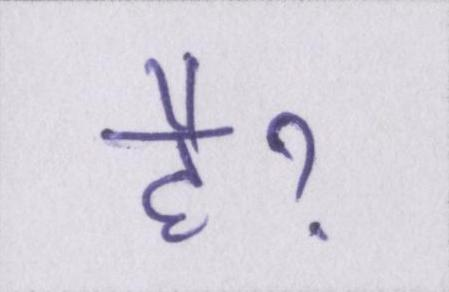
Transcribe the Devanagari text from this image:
हैॽ